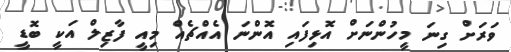
ވަރަށް ގިނަ މީހުންނަށް އޮޅިފައި އޮންނަ އެއްޗެއް މިއީ ފާޒިލް އަކީ ބޮޑީ